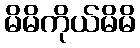
မိမိကိုယ်မိမိ